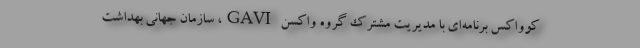
کوواکس برنامه‌ای با مدیریت مشترک گروه واکسن GAVI، سازمان جهانی بهداشت